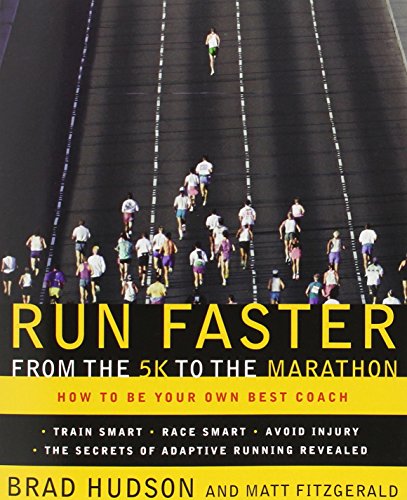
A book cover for Run Faster from the 5K to the Marathon: How to Be Your Own Best Coach; Brad Hudson; Health, Fitness & Dieting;